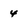
Character: 4